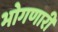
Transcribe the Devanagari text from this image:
भोगणारी